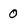
Character: 0